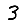
Digit: 3